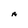
Character: A